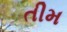
તીમ